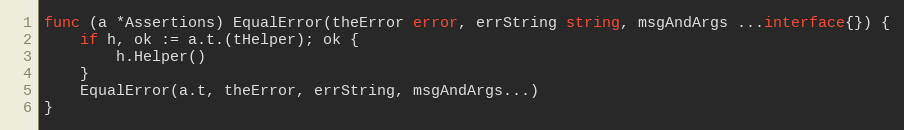
Language: Go
func (a *Assertions) EqualError(theError error, errString string, msgAndArgs ...interface{}) {
	if h, ok := a.t.(tHelper); ok {
		h.Helper()
	}
	EqualError(a.t, theError, errString, msgAndArgs...)
}